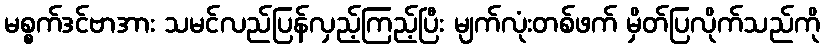
မစ္စက်ဒင်ဗာအား သမင်လည်ပြန်လှည့်ကြည့်ပြီး မျက်လုံးတစ်ဖက် မှိတ်ပြလိုက်သည်ကို